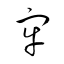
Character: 牢